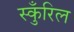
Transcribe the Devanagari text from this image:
स्कुँरिल